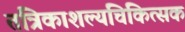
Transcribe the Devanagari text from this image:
तंत्रिकाशल्यचिकित्सक